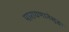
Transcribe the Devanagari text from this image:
पारायणानेसुद्धा